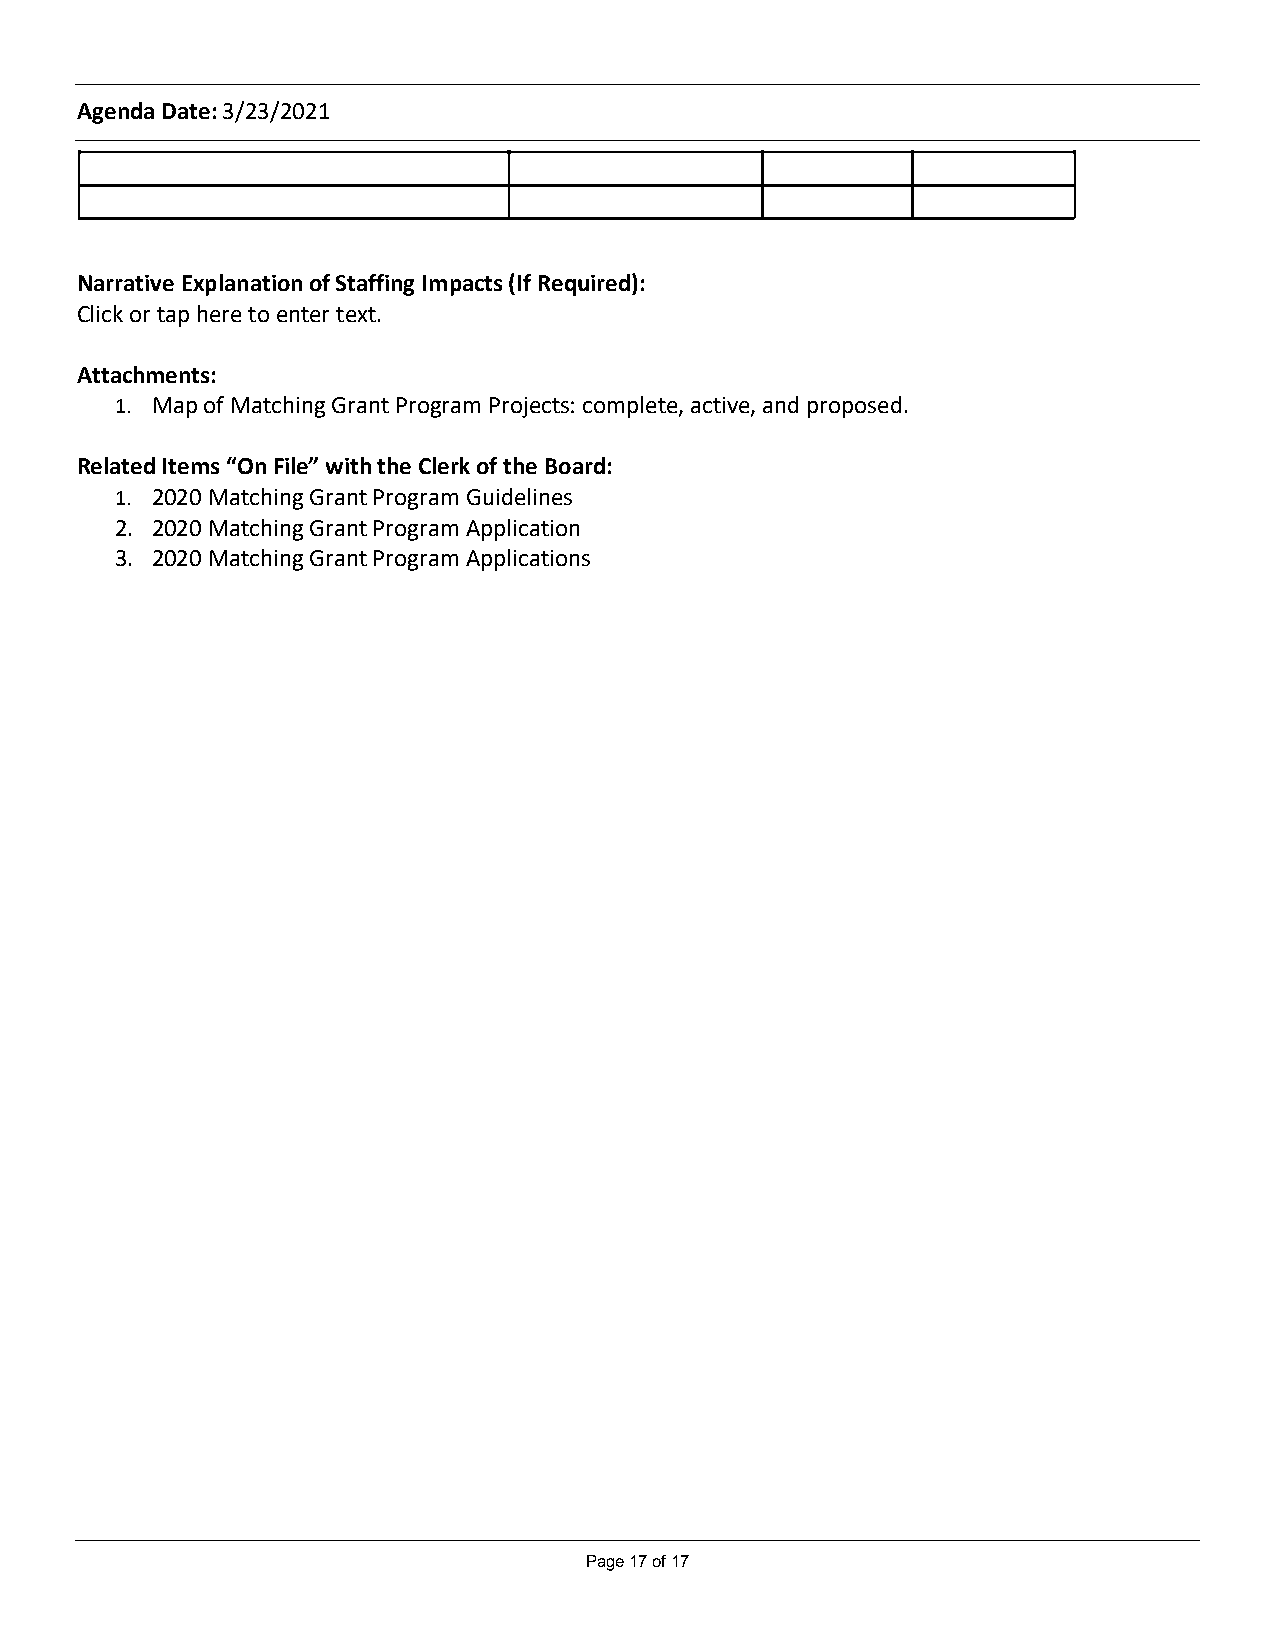
Agenda Date: 3/23/2021
 Narrative Explanation of Staffing Impacts (If Required):
 Click or tap here to enter text.
 Attachments:
 1. Map of Matching Grant Program Projects: complete, active, and proposed.
 Related Items “On File” with the Clerk of the Board:
 1. 2020 Matching Grant Program Guidelines
 2. 2020 Matching Grant Program Application
 3. 2020 Matching Grant Program Applications
 Page 17 of 17